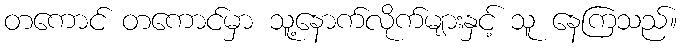
တကောင် တကောင်မှာ သူ့နောက်လိုက်များနှင့် သူ နေကြသည်။